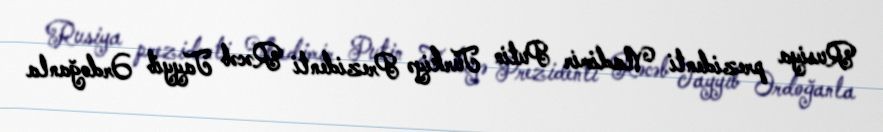
Rusiya prezidenti Vladimir Putin Türkiyə Prezidenti Rəcəb Tayyib Ərdoğanla